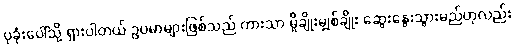
ပုခုံးပေါ်သို့ ရှားပါတယ် ဥပမာများဖြစ်သည် ကားသာ မှိုချိုးမျှစ်ချိုး ဆွေးနွေးသွားမည်ဟုလည်း